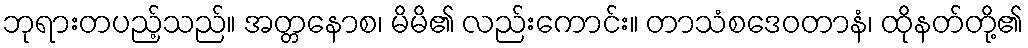
ဘုရားတပည့်သည်။ အတ္တနောစ၊ မိမိ၏ လည်းကောင်း။ တာသံစဒေဝတာနံ၊ ထိုနတ်တို့၏